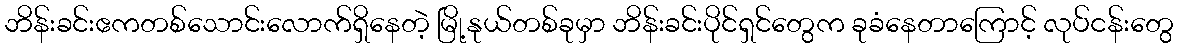
ဘိန်းခင်းဧကတစ်သောင်းလောက်ရှိနေတဲ့ မြို့နုယ်တစ်ခုမှာ ဘိန်းခင်းပိုင်ရှင်တွေက ခုခံနေတာကြောင့် လုပ်ငန်းတွေ